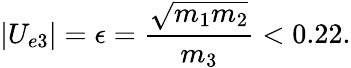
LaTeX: |U_{e3}|=\epsilon=\frac{\sqrt{m_{1}m_{2}}}{m_{3}}<0.22.